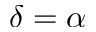
\delta = \alpha